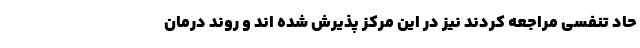
حاد تنفسی مراجعه کردند نیز در این مرکز پذیرش شده اند و روند درمان